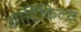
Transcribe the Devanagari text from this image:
आर्टिकिल्स